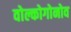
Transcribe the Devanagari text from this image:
वोल्कोगोनोव